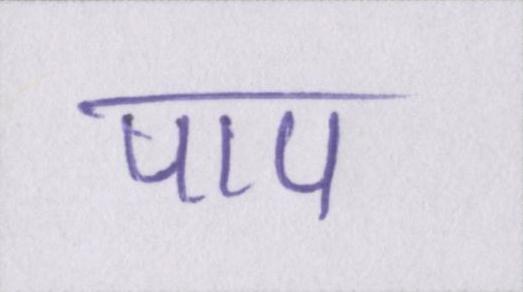
पाप